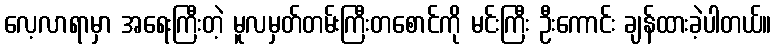
လေ့လာရာမှာ အရေးကြီးတဲ့ မူလမှတ်တမ်းကြီးတစောင်ကို မင်းကြီး ဦးကောင်း ချန်ထားခဲ့ပါတယ်။